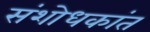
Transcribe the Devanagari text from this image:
संशोधकांत